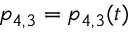
p _ { 4 , 3 } = p _ { 4 , 3 } ( t )